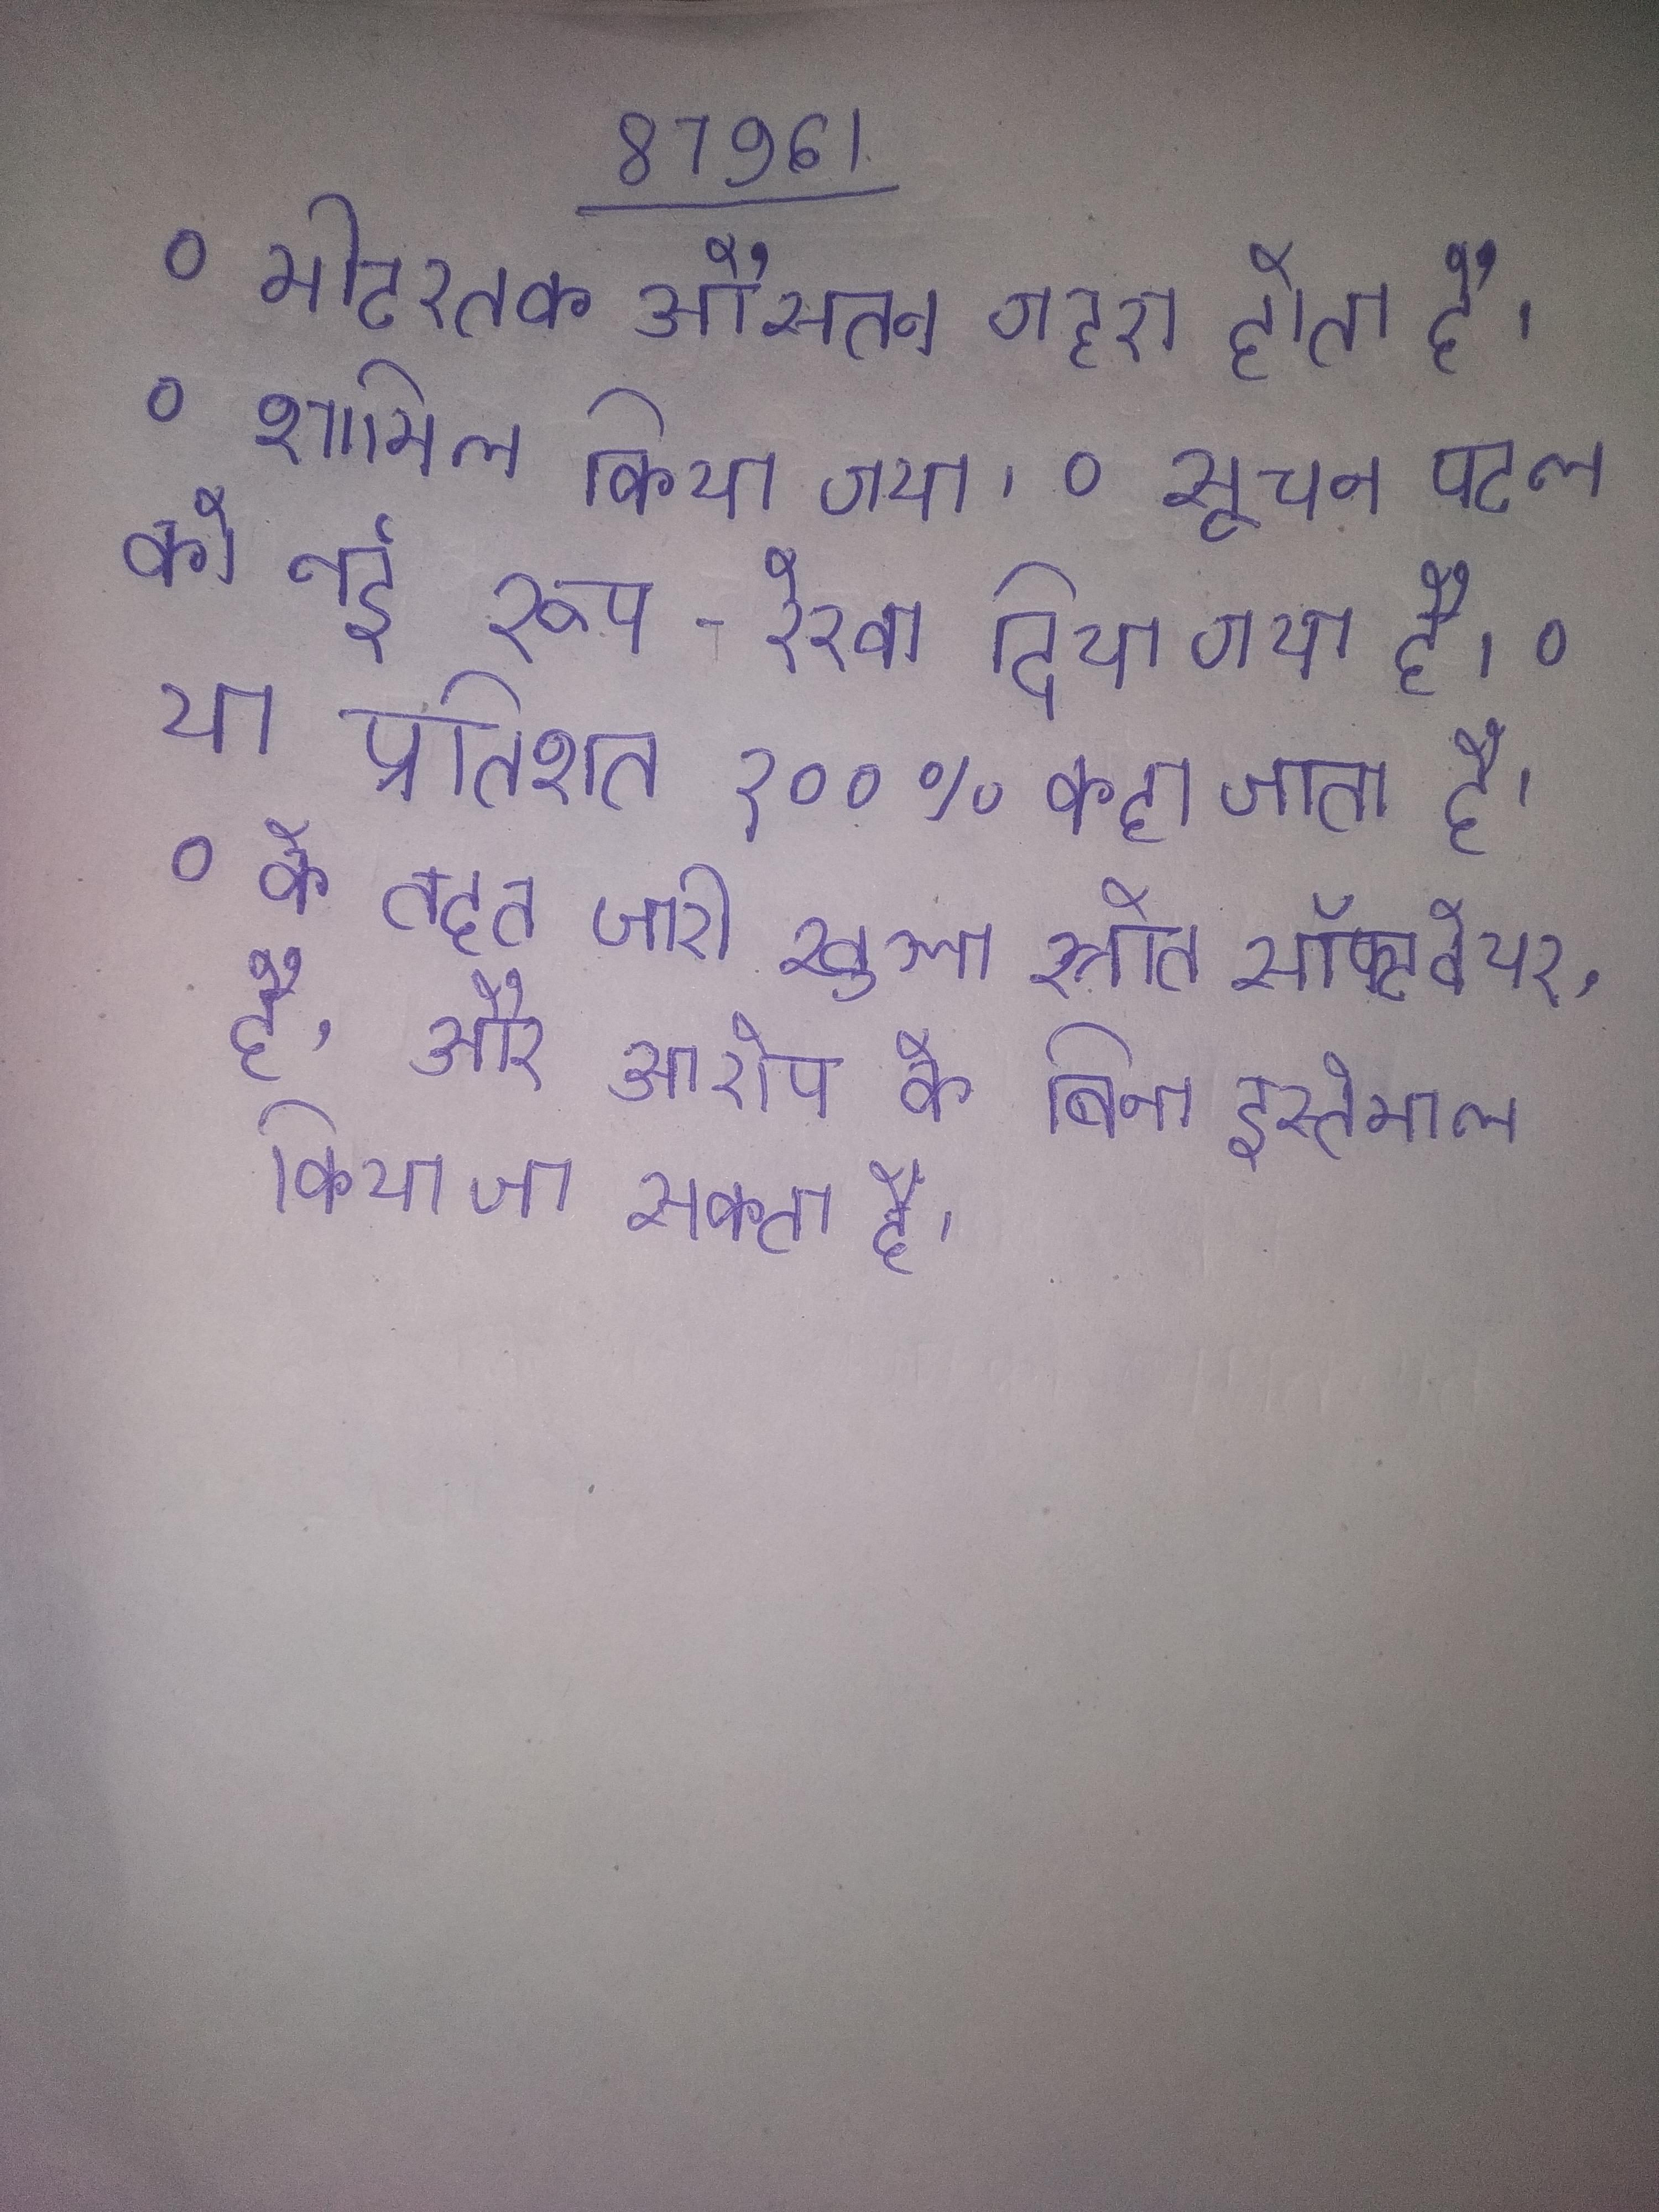
० मीटरतक औसतन गहरा होता है । ० शामिल किया गया । ० सूचना पटल को नई रूप-रेखा दिया गया है । ० या प्रतिशत १००% कहा जाता है । ० के तहत जारी खुला स्रोत सॉफ्टवेयर, है, और डाउनलोड की है और आरोप के बिना इस्तेमाल किया जा सकता है ।